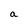
Character: a